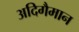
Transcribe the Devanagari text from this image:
अदिगैमान